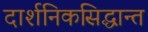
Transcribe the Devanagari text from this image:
दार्शनिकसिद्धान्त